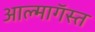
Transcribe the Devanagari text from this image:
आल्मागॅस्त